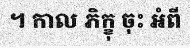
។ កាល ភិក្ខុ ចុះ អំពី